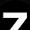
Digit: 7